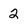
Character: 2